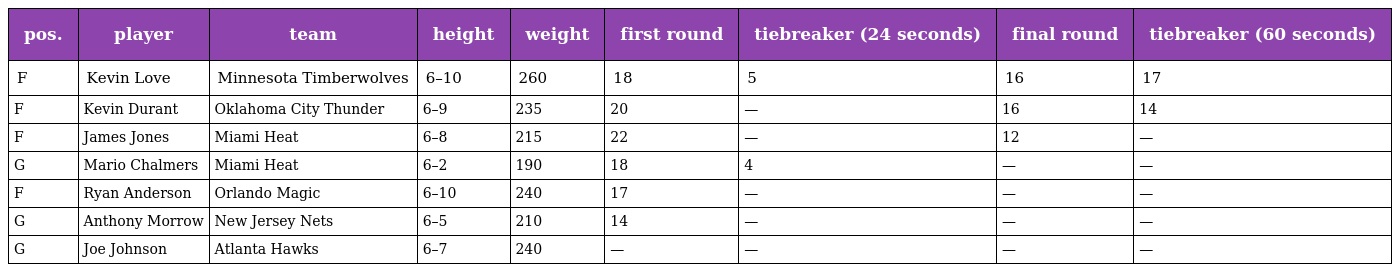
| pos. | player | team | height | weight | first round | tiebreaker (24 seconds) | final round | tiebreaker (60 seconds) |
 | --- | --- | --- | --- | --- | --- | --- | --- | --- |
 | F | Kevin Love | Minnesota Timberwolves | 6–10 | 260 | 18 | 5 | 16 | 17 |
 | F | Kevin Durant | Oklahoma City Thunder | 6–9 | 235 | 20 | — | 16 | 14 |
 | F | James Jones | Miami Heat | 6–8 | 215 | 22 | — | 12 | — |
 | G | Mario Chalmers | Miami Heat | 6–2 | 190 | 18 | 4 | — | — |
 | F | Ryan Anderson | Orlando Magic | 6–10 | 240 | 17 | — | — | — |
 | G | Anthony Morrow | New Jersey Nets | 6–5 | 210 | 14 | — | — | — |
 | G | Joe Johnson | Atlanta Hawks | 6–7 | 240 | — | — | — | — |